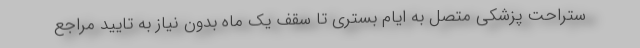
ستراحت پزشکی متصل به ایام بستری تا سقف یک ماه بدون نیاز به تایید مراجع